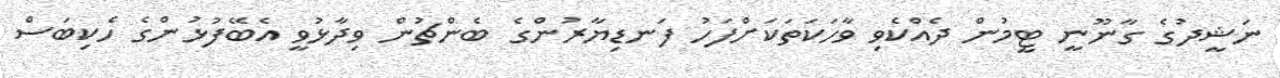
ނަޝީދުގެ ގާނޫނީ ޓީމުން ދެއްކެވި ވާހަަކަތަކަށްފަހު ފަނޑިޔާރުންގެ ބެންޗުން ވިދާޅުވީ އެބޭފުޅުންގެ ހެކިބަސް